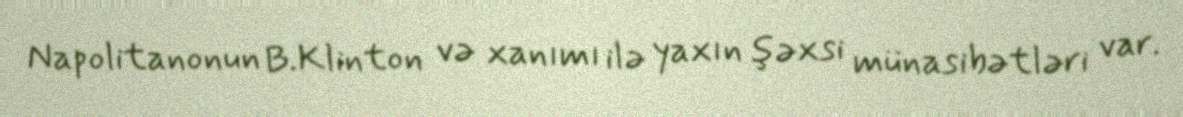
Napolitanonun B.Klinton və xanımı ilə yaxın şəxsi münasibətləri var.